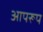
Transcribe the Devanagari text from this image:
आपरूप